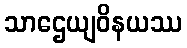
သာဌေယျဝိနယဿ